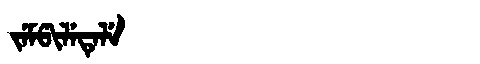
Manchu: ᠵᡝᠮᡦᡳᠯᡝᡨᡝᠯᡝ
Romanization: JEMPILETELE